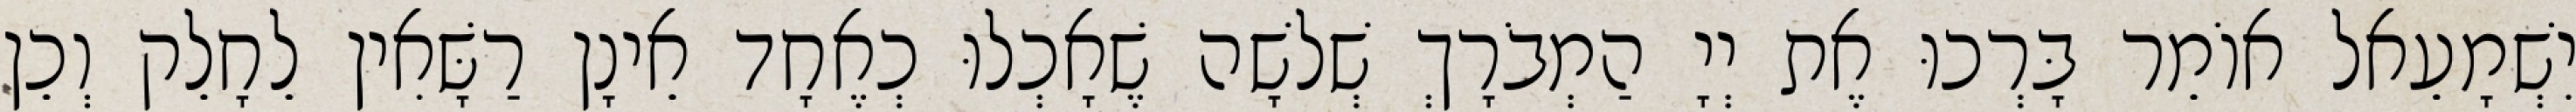
יִשְׁמָעֵאל אוֹמֵר בָּרְכוּ אֶת יְיָ הַמְבֹרָךְ שְׁלשָׁה שֶׁאָכְלוּ כְאֶחָד אֵינָן רַשָּׁאִין לֵחָלֵק וְכֵן